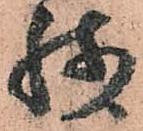
残